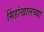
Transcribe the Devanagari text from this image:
सिंहांखालच्या